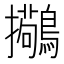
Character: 𫛒